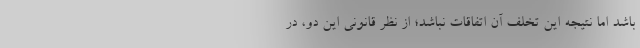
باشد اما نتیجه این تخلف آن اتفاقات نباشد؛ از نظر قانونی این دو، در